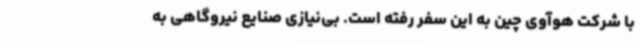
با شرکت هوآوی چین به این سفر رفته است. بی‌نیازی صنایع نیروگاهی به